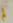
لم